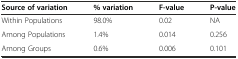
<table><thead><tr><td><b>Source of variation</b></td><td><b>% variation</b></td><td><b>F-value</b></td><td><b>P-value</b></td></tr></thead><tbody><tr><td>Within Populations</td><td>98.0%</td><td>0.02</td><td>NA</td></tr><tr><td>Among Populations</td><td>1.4%</td><td>0.014</td><td>0.256</td></tr><tr><td>Among Groups</td><td>0.6%</td><td>0.006</td><td>0.101</td></tr></tbody></table>